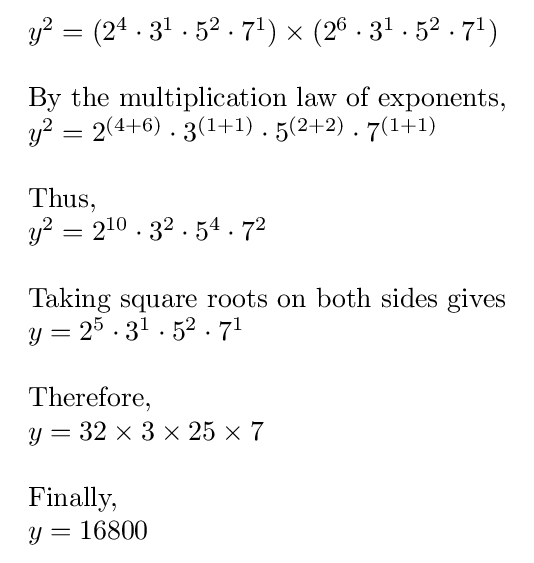
{\begin{array}{ll}y^{2}=(2^{4}\cdot 3^{1}\cdot 5^{2}\cdot 7^{1})\times (2^{6}\cdot 3^{1}\cdot 5^{2}\cdot 7^{1})\\\\{\text{By the multiplication law of exponents,}}\\y^{2}=2^{(4+6)}\cdot 3^{(1+1)}\cdot 5^{(2+2)}\cdot 7^{(1+1)}\\\\{\text{Thus,}}\\y^{2}=2^{10}\cdot 3^{2}\cdot 5^{4}\cdot 7^{2}\\\\{\text{Taking square roots on both sides gives}}\\y=2^{5}\cdot 3^{1}\cdot 5^{2}\cdot 7^{1}\\\\{\text{Therefore,}}\\y=32\times 3\times 25\times 7\\\\{\text{Finally,}}\\y=16800\end{array}}